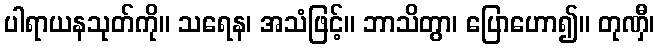
ပါရာယနသုတ်ကို။ သရေန၊ အသံဖြင့်။ ဘာသိတွာ၊ ပြောဟော၍။ တုဏှီ၊